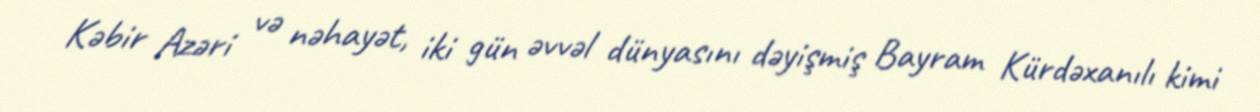
Kəbir Azəri və nəhayət, iki gün əvvəl dünyasını dəyişmiş Bayram Kürdəxanılı kimi